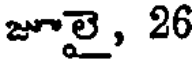
జూలై, 26